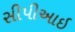
સીપીઆઇ